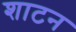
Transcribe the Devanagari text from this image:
शाटन